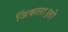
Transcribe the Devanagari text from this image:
जिंकला।तो